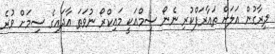
ދިރާގުން އަލަށް ތައާރަފްކުރި ނެނޯ ސިމްއަކީ މައިކްރޯ ނުވަތަ އާދައިގެ ސިމަށް ވުރެ